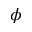
\phi